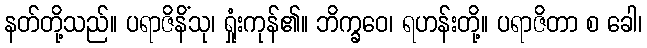
နတ်တို့သည်။ ပရာဇိနိံသု၊ ရှုံးကုန်၏။ ဘိက္ခဝေ၊ ရဟန်းတို့။ ပရာဇိတာ စ ခေါ၊